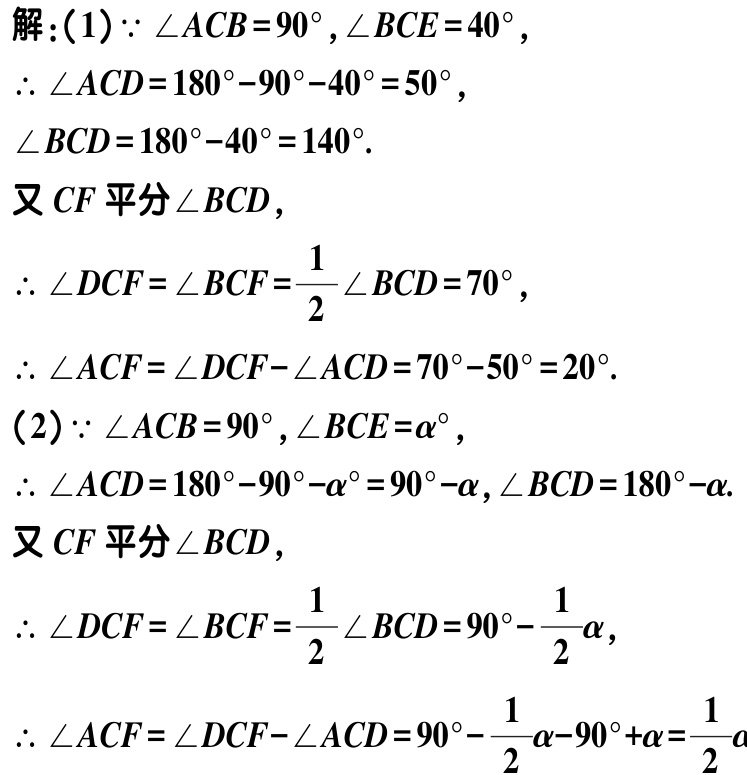
解：(1) \(\because \angle ACB = 90^{\circ}, \angle BCE = 40^{\circ}\)，
\(\therefore \angle ACD = 180^{\circ}-90^{\circ}-40^{\circ}=50^{\circ}\)，
\(\angle BCD = 180^{\circ}-40^{\circ}=140^{\circ}\).
又 \(CF\) 平分 \(\angle BCD\)，
\(\therefore \angle DCF=\angle BCF=\frac{1}{2}\angle BCD = 70^{\circ}\)，
\(\therefore \angle ACF=\angle DCF - \angle ACD=70^{\circ}-50^{\circ}=20^{\circ}\).
(2) \(\because \angle ACB = 90^{\circ}, \angle BCE = \alpha^{\circ}\)，
\(\therefore \angle ACD = 180^{\circ}-90^{\circ}-\alpha^{\circ}=90^{\circ}-\alpha, \angle BCD = 180^{\circ}-\alpha\).
又 \(CF\) 平分 \(\angle BCD\)，
\(\therefore \angle DCF=\angle BCF=\frac{1}{2}\angle BCD = 90^{\circ}-\frac{1}{2}\alpha\)，
\(\therefore \angle ACF=\angle DCF - \angle ACD=90^{\circ}-\frac{1}{2}\alpha - 90^{\circ}+\alpha=\frac{1}{2}\alpha\)